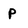
Character: P